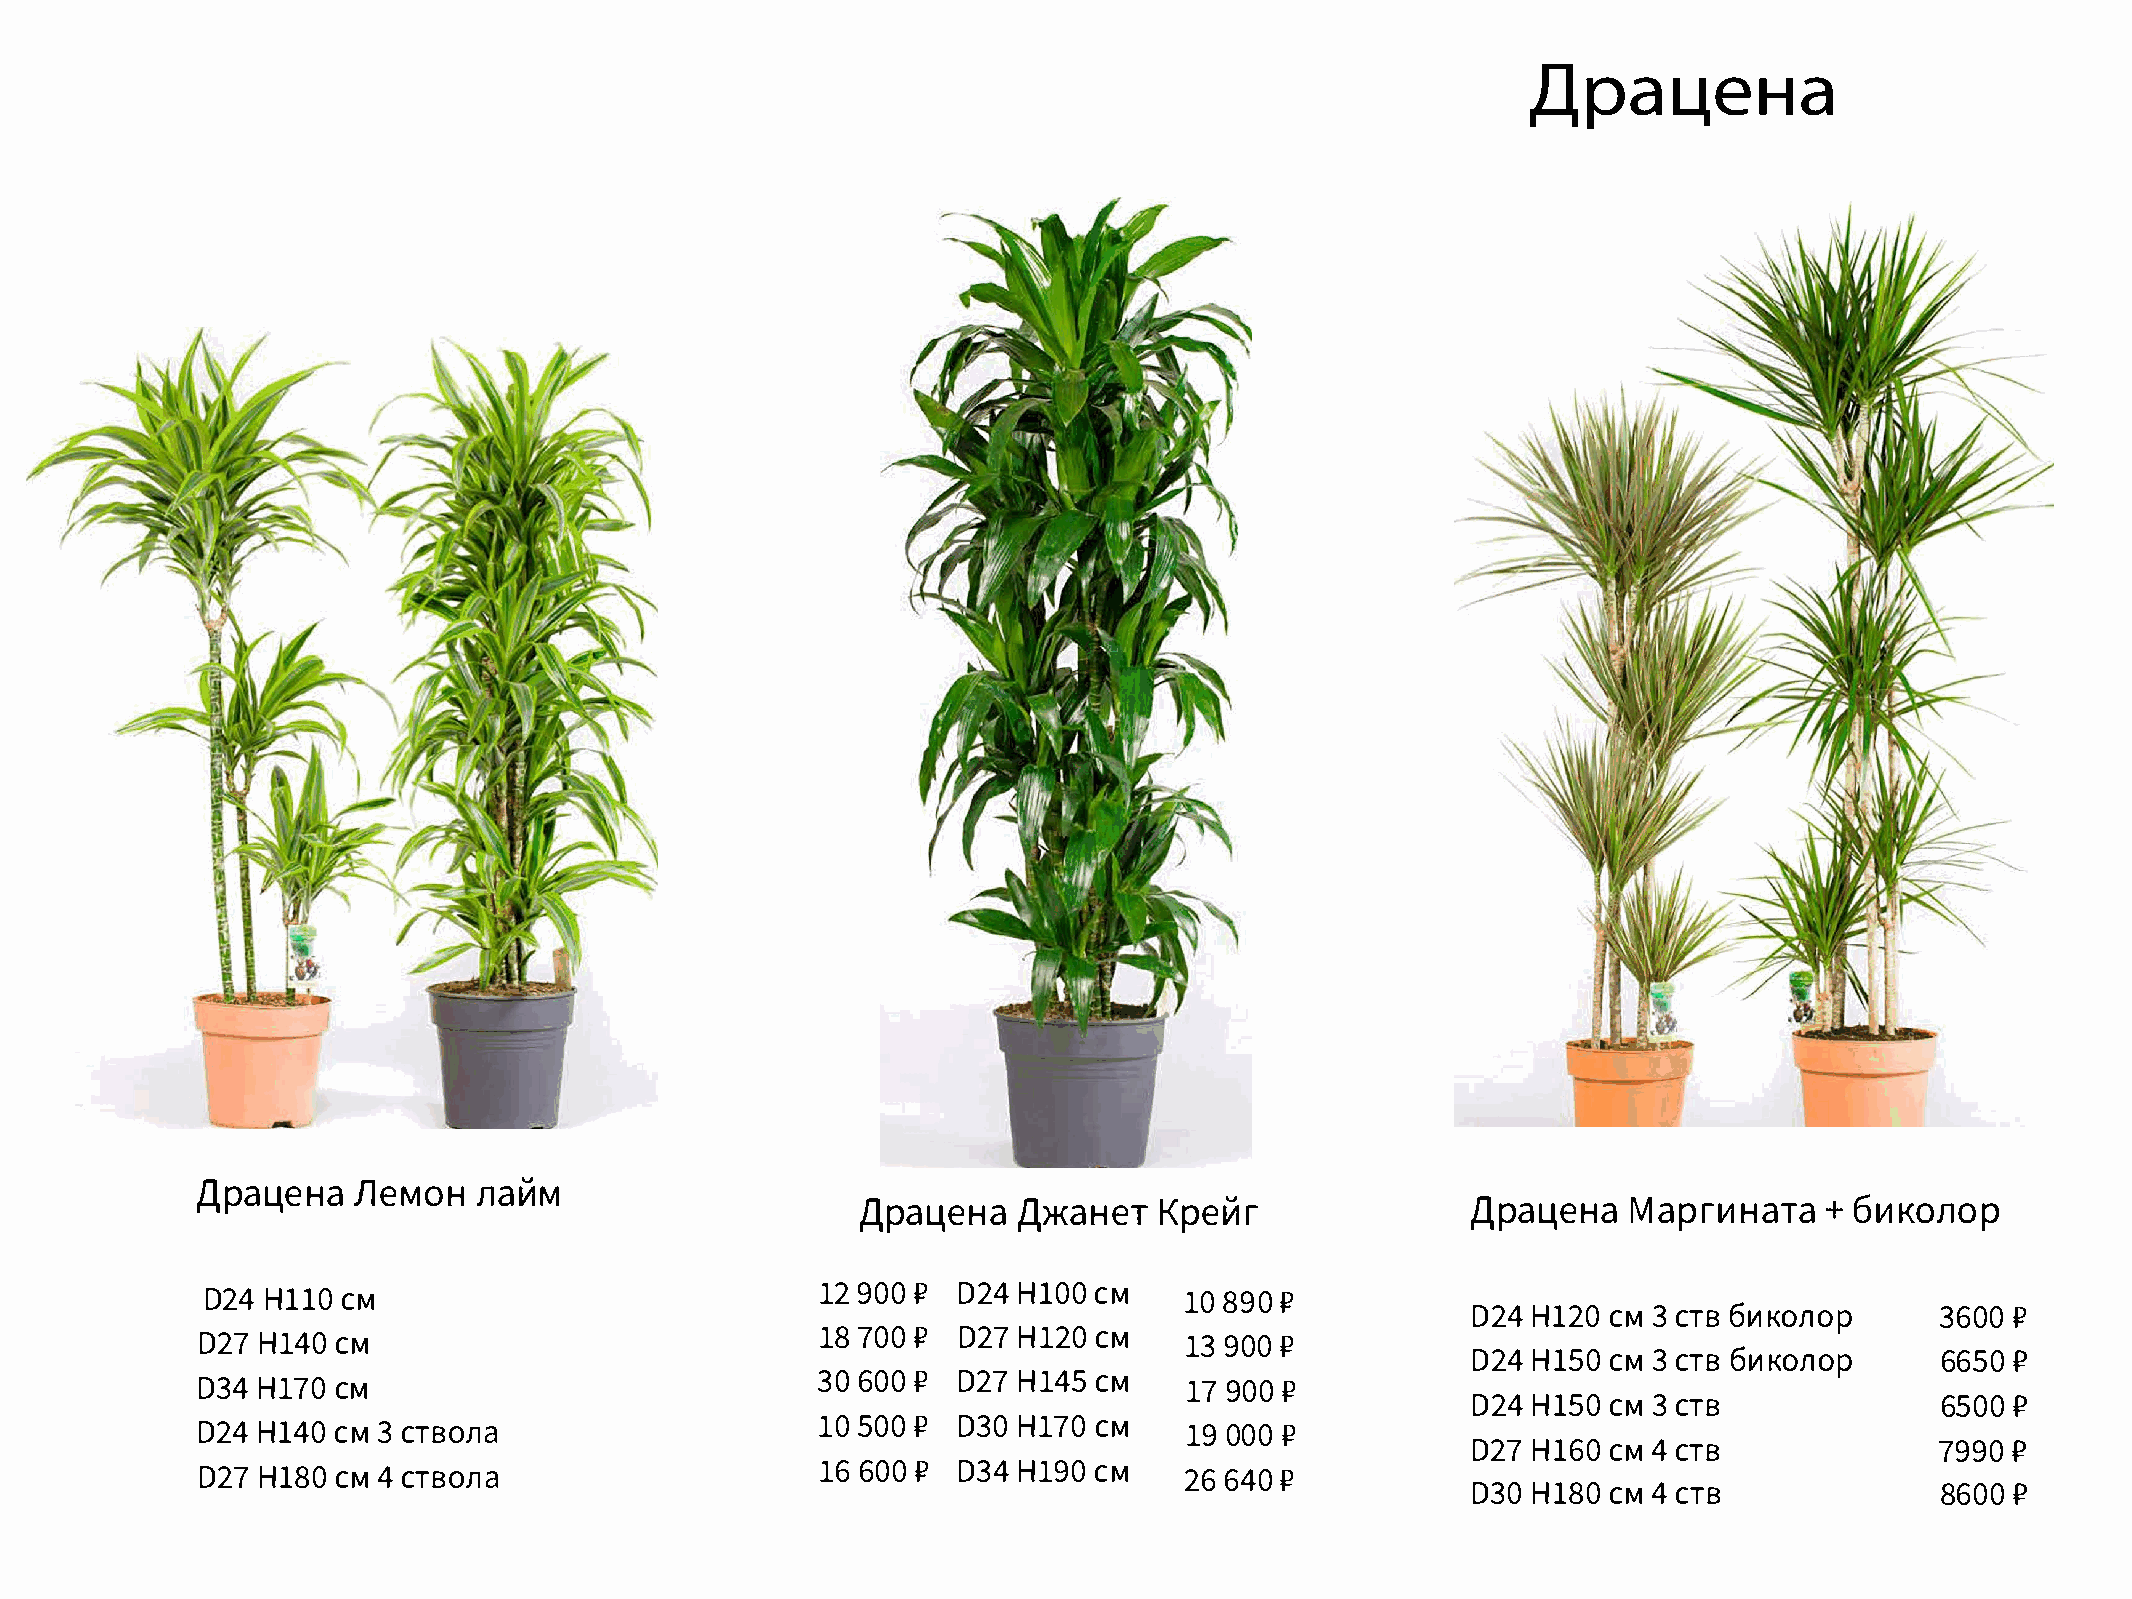
Драцена
 Apa4fleeHManO        aH�   M
 Apa4Ae>KHaaH        KepTe   �r          Apa4MeaHpar           v1+H6 av1rKao  nop
 D24H ll  C0 M                           129  0P0 D24H  l0 C0 M  108  9P0
 D24H  l2 C0 M 3 C TB6 1t1K0!10 p 360P0
 D27H  14 C0 M                            187  0P0 D27H  12 C0 M  13 90P0
 D24H  lS C0 M 3 C TB6 1t1K0!10 p 6650P
 D34H  17 C0 M                            30 60 P0 D27H  14 C5 M  17 90P0
 D24H  lS C0 M 3 C TB           6500    P
 D24H  l4 C0 M 3 C TBO/l a                10 50P0  D30H  17 C0 M  190  0P0
 D27H  l6 C0 M 4 C TB           7990    P
 D27H  l8 C0 M 4 C TBO/l a                166  0 P0 D34H 19 C0 M  26 64P0
 D30H  l8 C0 M 4 C TB           8600P